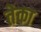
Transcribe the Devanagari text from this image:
तेका